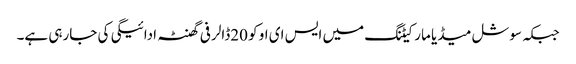
جبکہ سوشل میڈیا مارکیٹنگ میں ایس ای او کو 20ڈالر فی گھنٹہ ادائیگی کی جارہی ہے۔